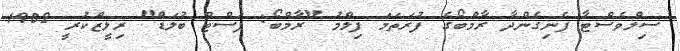
ސިލްވެސްޓާ ފެނިގެންދާ ރާމްބޯގެ ފުރަތަމަ ފިލްމު "ރާމްބޯ: ފަސްޓް ބުލަޑް" ރިލީޒްކުރީ 1982